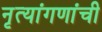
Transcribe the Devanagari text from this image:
नृत्यांगणांची